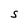
Character: S